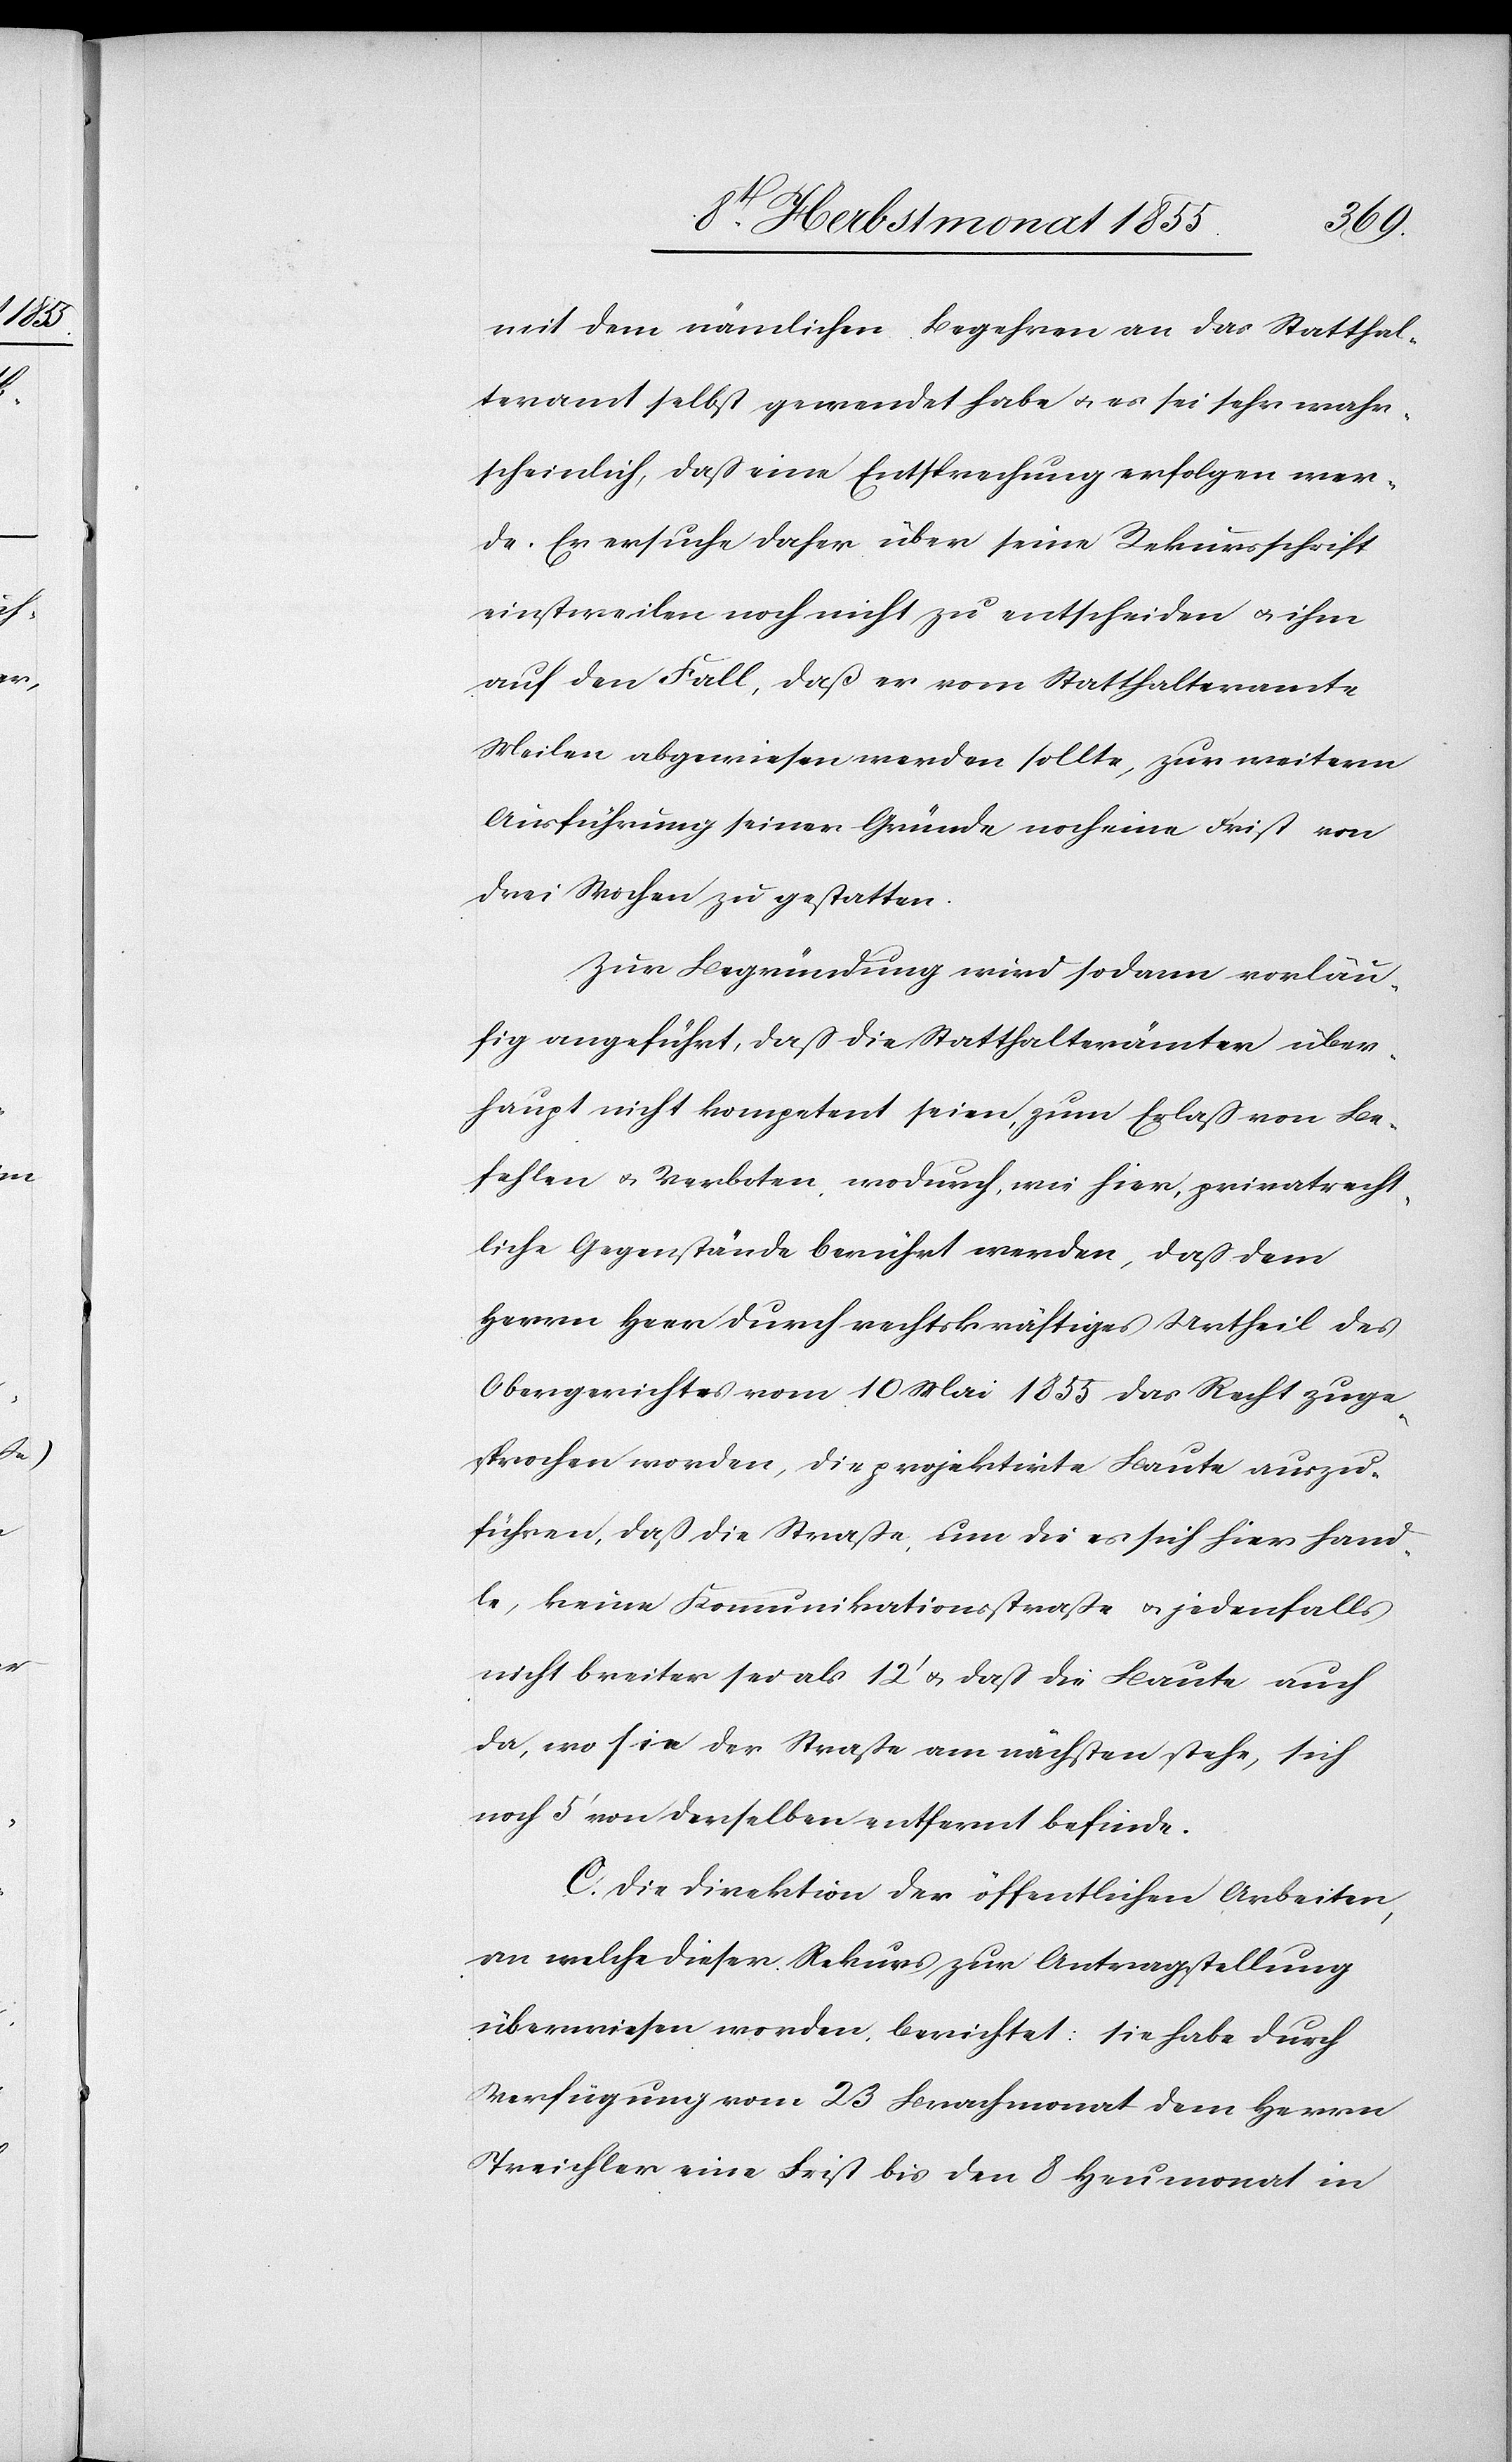
mit dem nämlichen Begehren an das Statthal¬
teramt selbst gewendet habe & es sei sehr wahr¬
scheinlich, daß eine Entsprechung erfolgen wer¬
de. Er ersuche daher über seine Rekursschrift
einstweilen noch nicht zu entscheiden & ihm
auf den Fall, daß er vom Statthalteramte
Meilen abgewiesen werden sollte, zur weitern
Ausführung seiner Gründe noch eine Frist von
drei Wochen zu gestatten.
Zur Begründung wird sodann vorläu¬
fig angeführt, daß die Statthalterämter über¬
haupt nicht kompetent seien, zum Erlaß von Be¬
fehlen & Verboten, wodurch, wie hier, privatrecht¬
liche Gegenstände berührt werden, daß dem
Herrn Heer durch rechtskräftiges Urtheil des
Obergerichtes vom 10 Mai 1855 das Recht zuge¬
sprochen worden, die projektirte Baute auszu¬
führen, daß die Straße, um die es sich hier hand¬
le, keine Kommunikationsstraße & jedenfalls
nicht breiter sei als 12‘ & daß die Baute auch
da, wo sie der Straße am nächsten stehe, sich
noch 5‘ von derselben entfernt befinde.
C. Die Direktion der öffentlichen Arbeiten,
an welche dieser Rekurs zur Antragstellung
überwiesen worden, berichtet: sie habe durch
Verfügung vom 23 Brachmonat dem Herrn
Treichler eine Frist bis den 8 Heumonat in